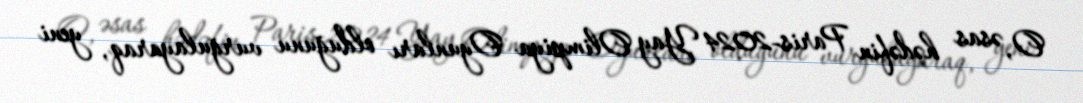
O, əsas hədəfin Paris-2024 Yay Olimpiya Oyunları olduğunu vurğulayaraq, yeni